Bréfritari: Soffía Daníelsdóttir
Viðtakandi: Jakobína Magnúsdóttir og Daníel Halldórsson
Dagsetning: A-1902-12-XX
Skrifað á: Skeggjastöðum  N-Múl.
Soffía var dóttir Jakobínu og Daníels

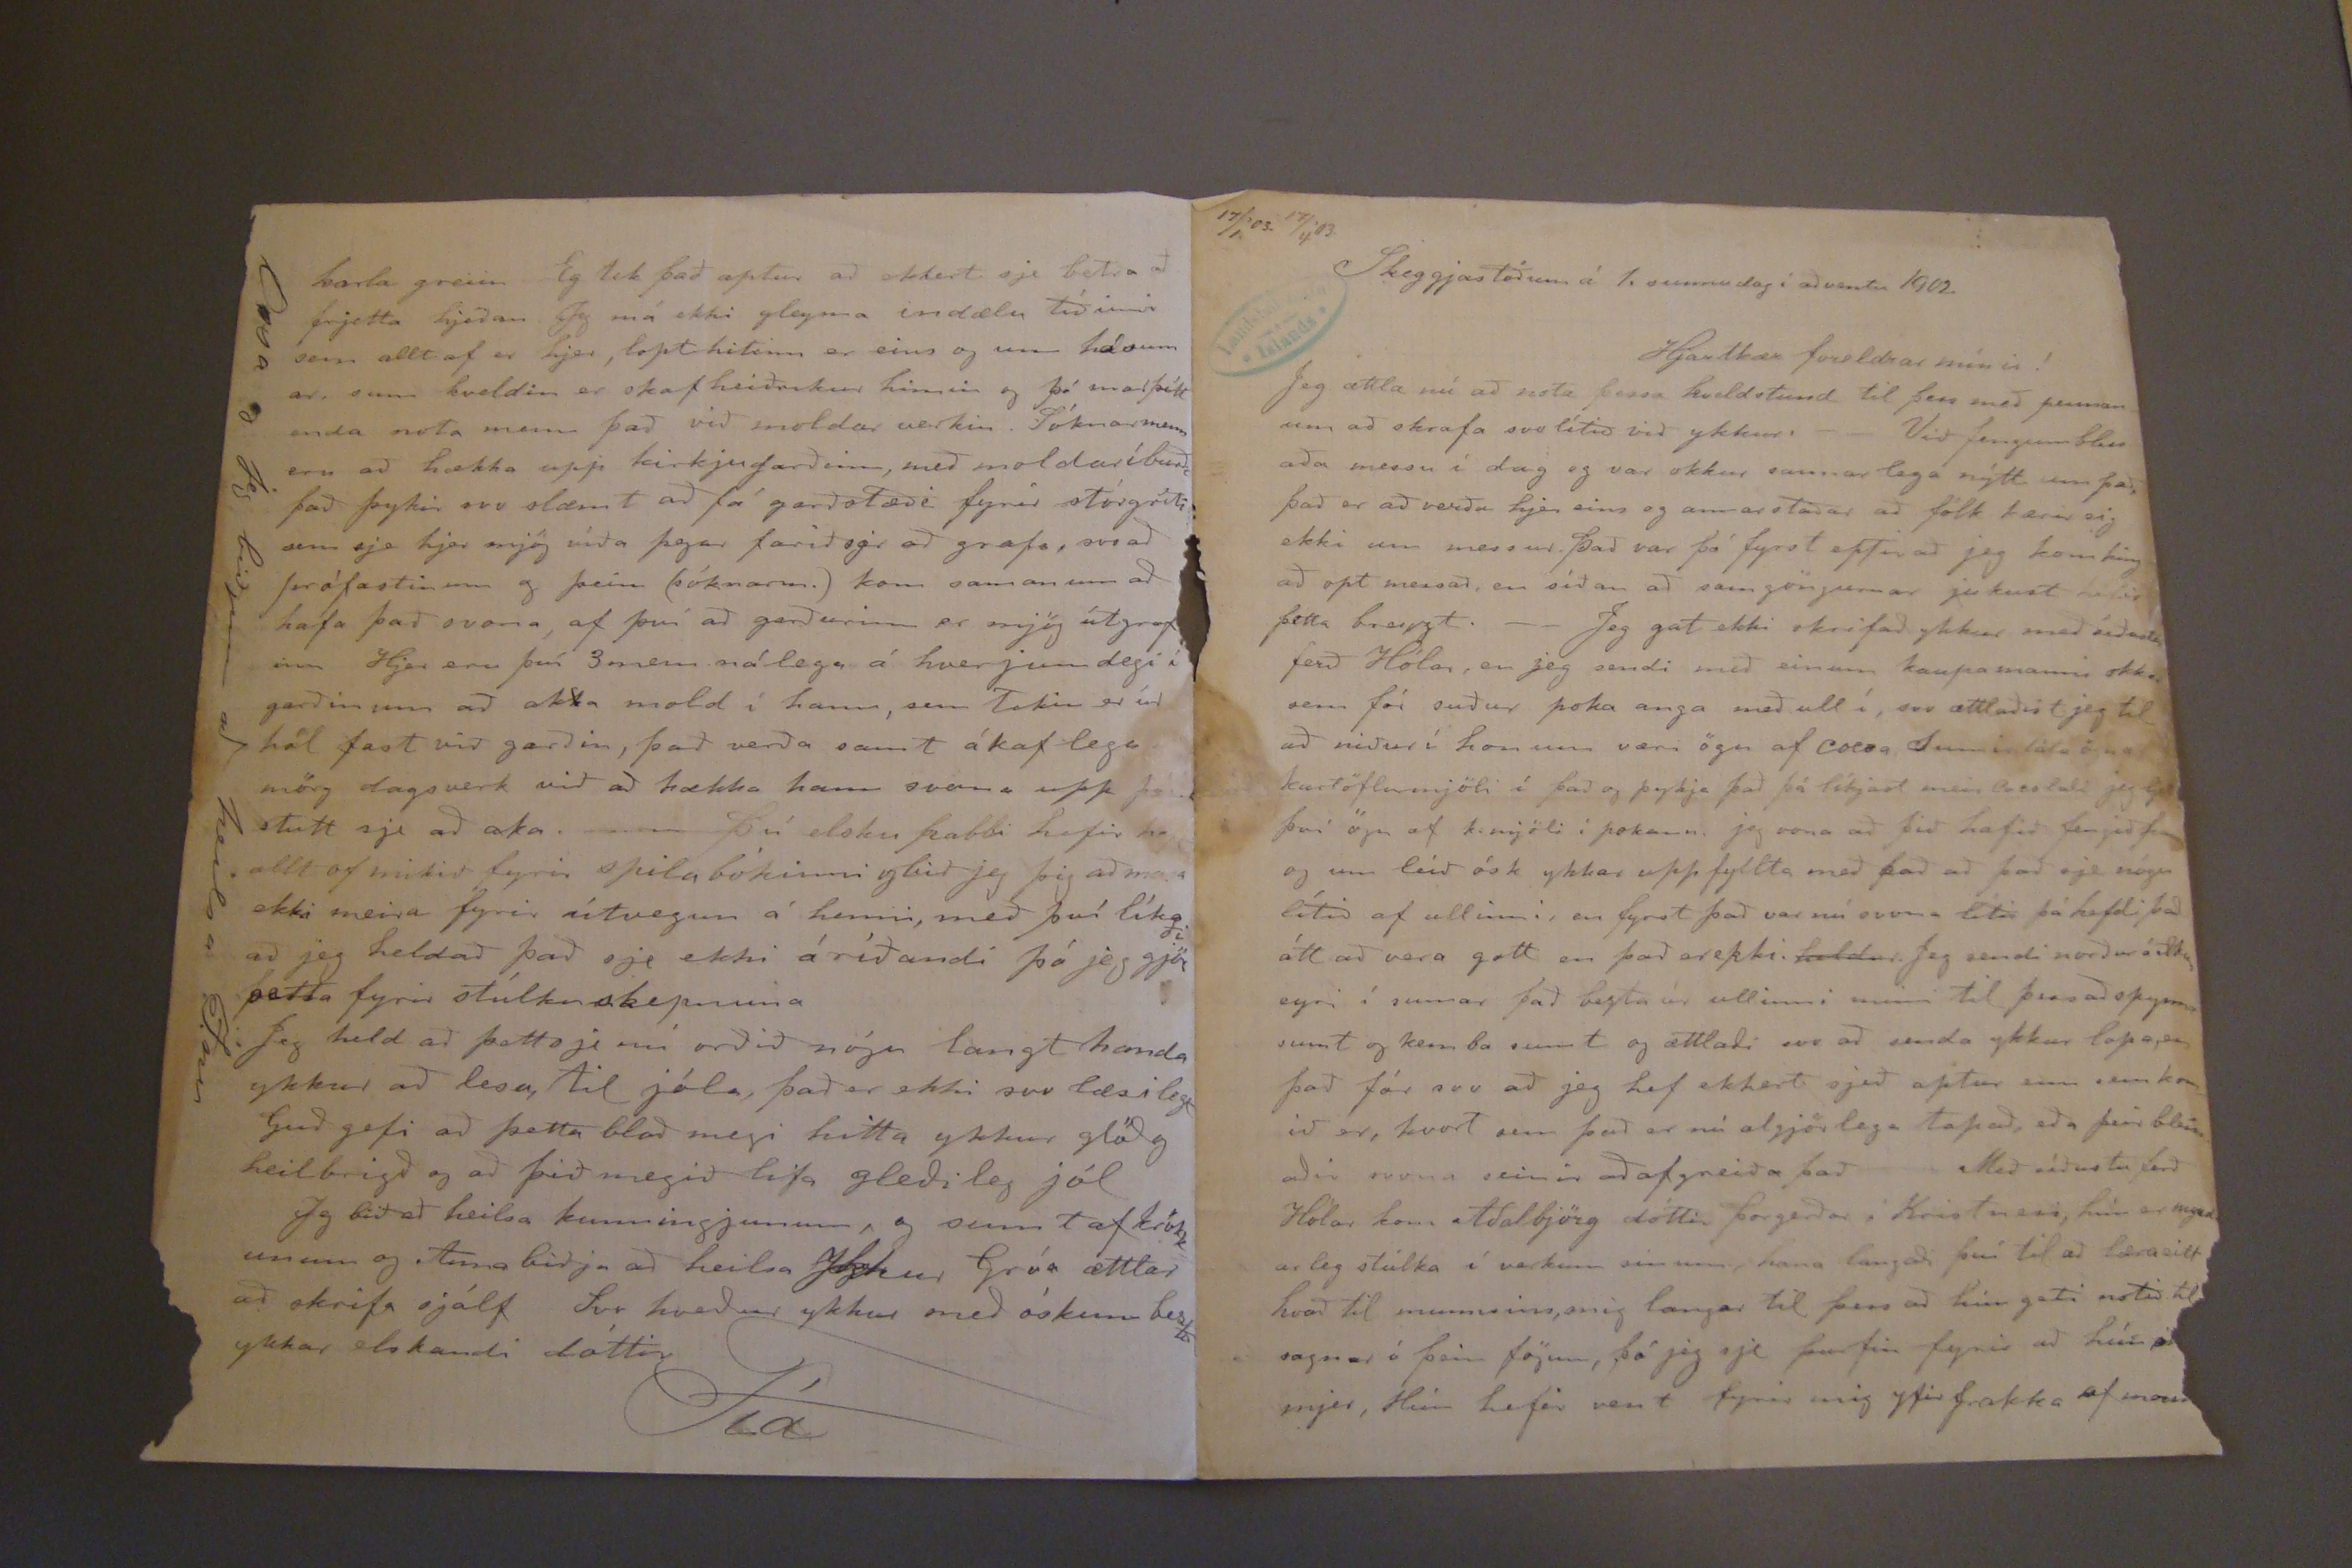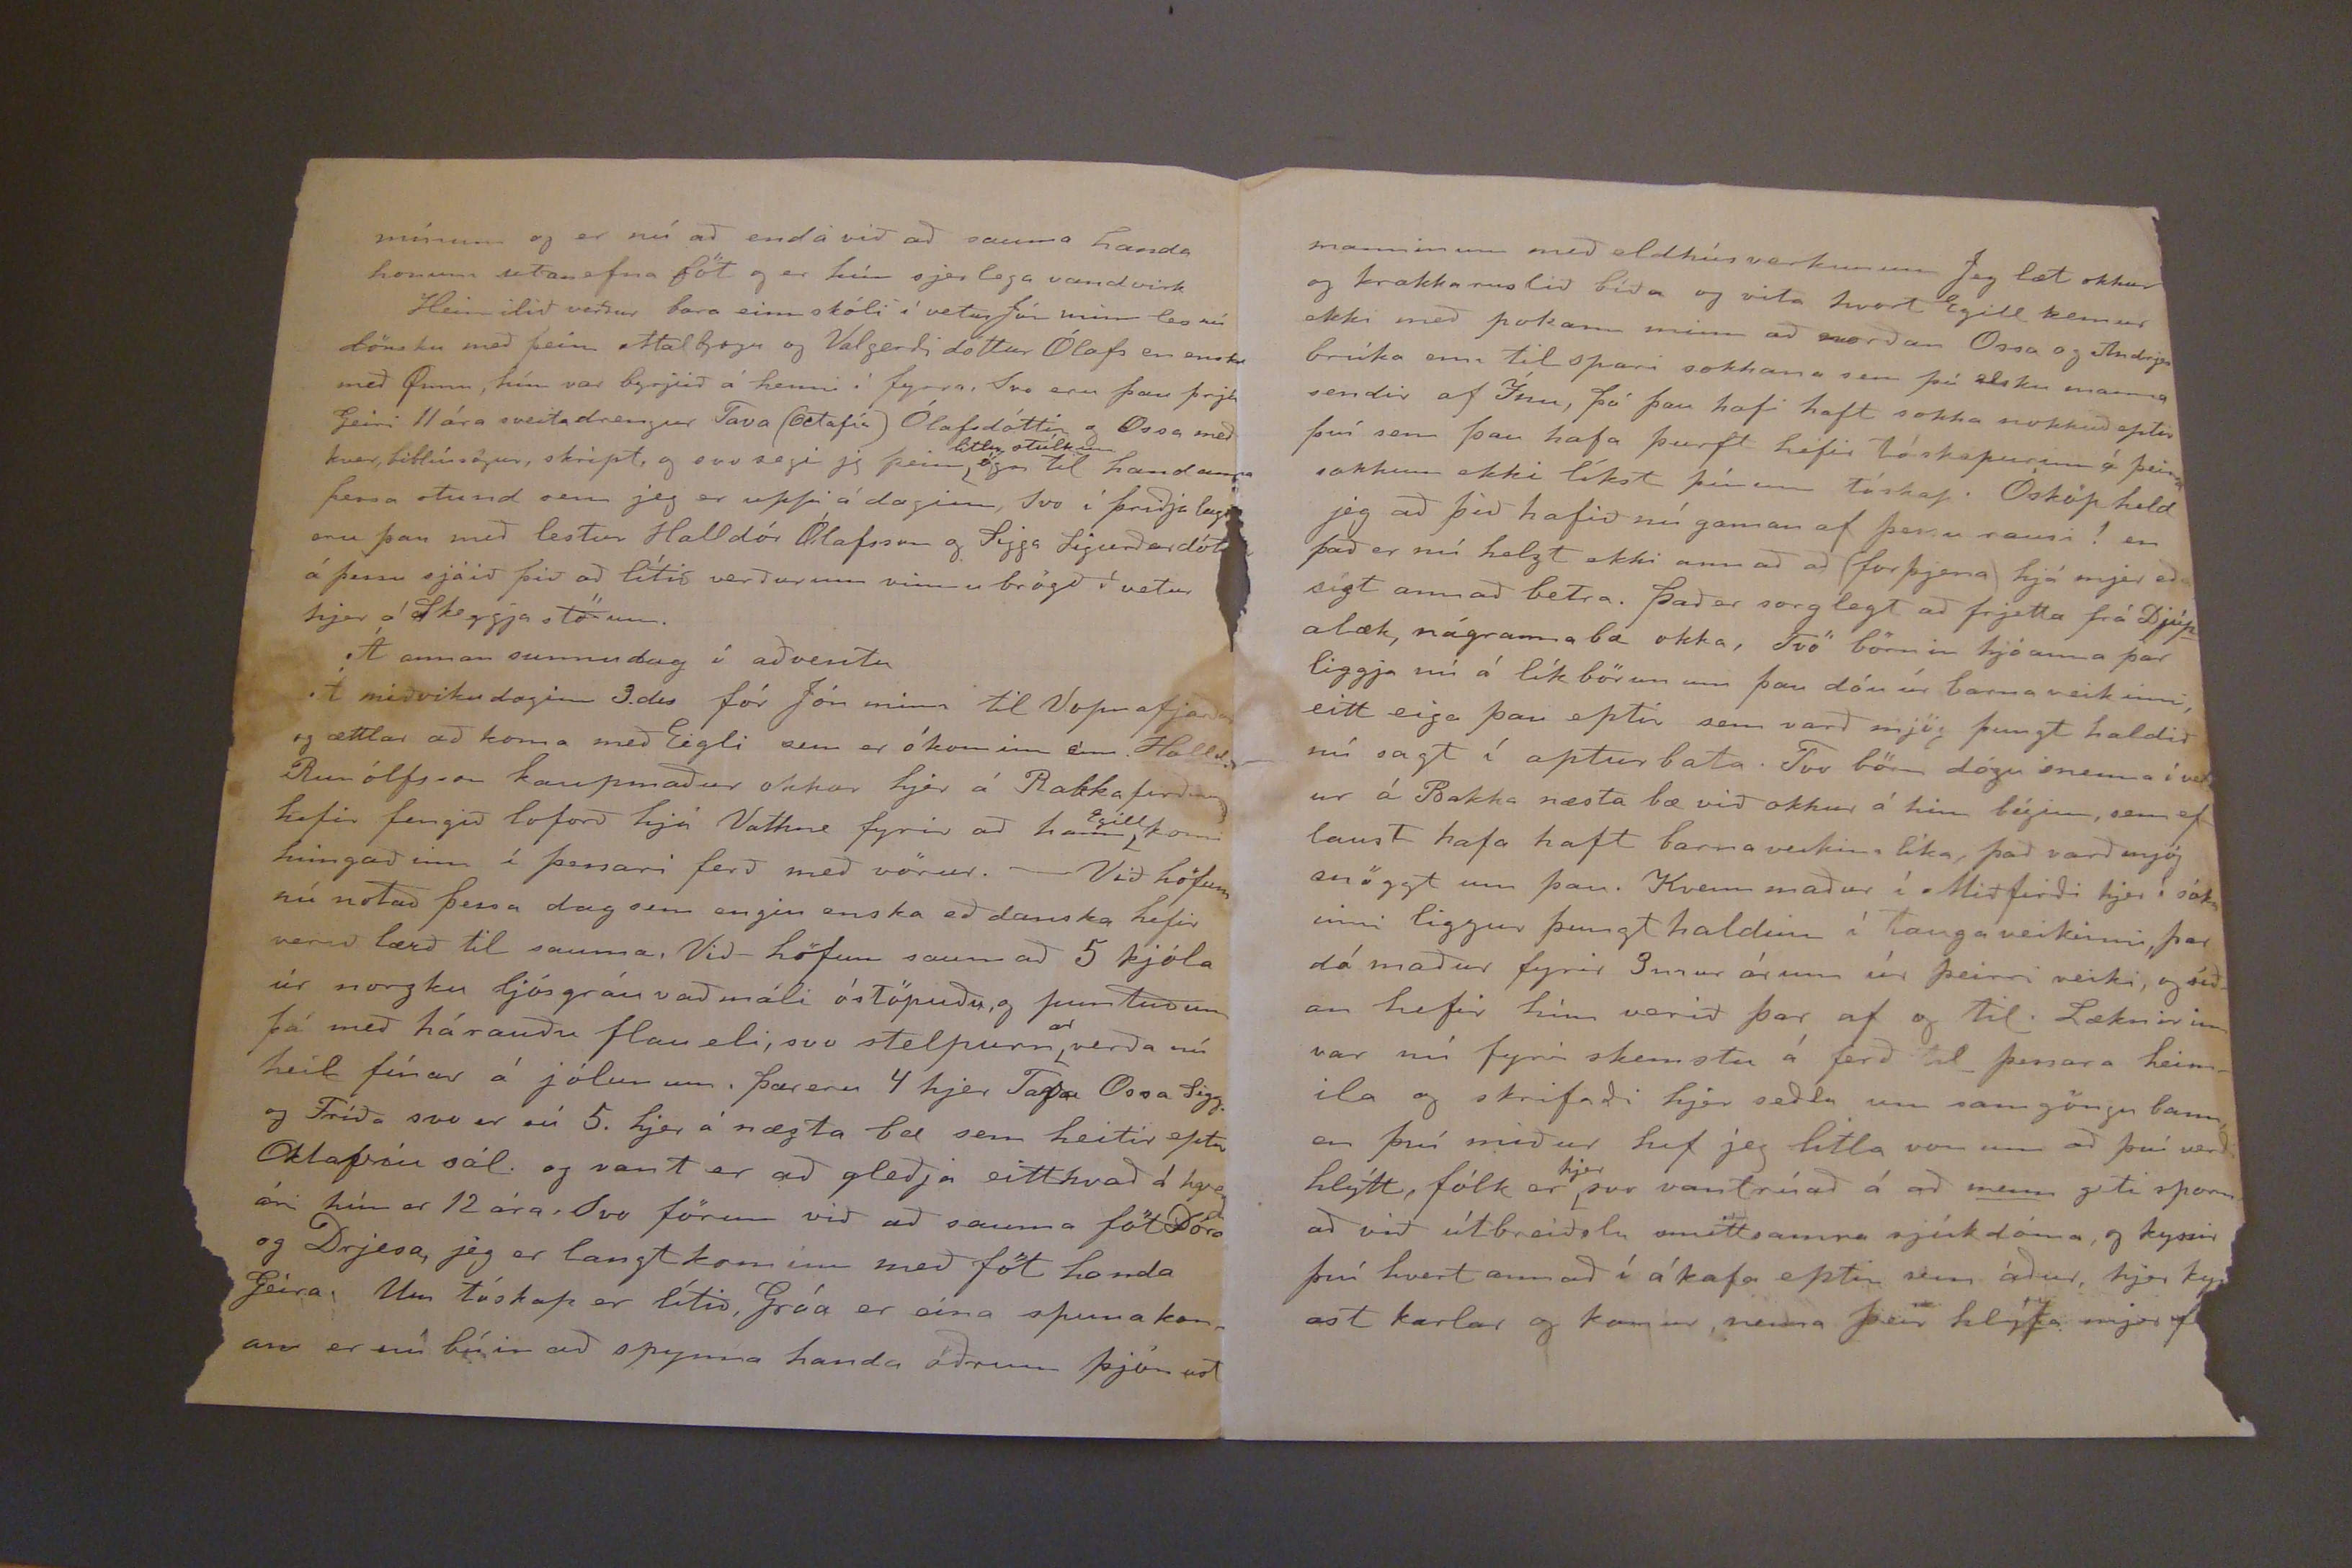

17/1'03. 17/4'03.
Skeggjastöðum á 1. sunnudag í aðventu 1902.
Hjartkær foreldrar mínir!
Jeg ættla nú að nota þessa kveldstund til þess með pennanum að skrafa svo lítið við ykkur. Við fengum bless aða messu í dag og var okkur sannarlega nýtt um það, það er að verða hjer eins og annarsstaðar að fólk kærir sig ekki um messur. það var þó fyrst eptir að jeg kom hingað opt messað en síðan að samgöngurnar jukust hefir þetta breyzt. Jeg gat ekki skrifað ykkur með síðasta ferð Hólar, en jeg sendi með einum kaupamanni okkar sem fór suður poka anga með ull í, svo ættlaðist jeg til að niður í honum væri ögn af cocoa, Sumir láta ögn af kartöflumjöli í það og þykja það þá líkjast meir
Coeslali
eg ljet því ögn af k. mjöli í pokann. jeg vona að þið hafið fengið hann og um leið ósk ykkar uppfyllta með það að það sje nógu lítið af ullinni, en fyrst það var nú svona líti þá hafði það átt að vera gott en það er ekki.
heldur.
Jeg sendi norður öllum eyri í sumar það bezta úr ullinni minni til þess að spynna sumt og kemba sumt og ættlaði svo að senda ykkur lopa, en það fór svo að jeg hef ekkert sjeð aptur enn sem komið er, hvort sem það er nú algjörlega tapað, eða þeir blessaðir svona seinir að afgreiða það- Með síðustu ferð Hólar kom Aðalbjörg dóttir þorgerðar í Kristnesim hún er myndarleg stúlka í verkum sínum, hana langaði því til að læra eitt hvað til munnsins, mig langar til þess að hún geti notið til sagnar í þeim fögum, þó jeg sje þurfin fyrir að hún
mjer, Hún hefir sent fyrir mig yfir frakka af
mar
mínum og er nú að enda við að sauma handa honum utanefna föt og er, hún sjer lega vandvirk
Heimilið verður bara einn skóli í vetur Jón minn les nú dönsku með þeim Malbjogu og Valgerði dóttur Ólafs en ensku með Gunu, hún var byrjuð á henni í fyrra, Svo eru þau þrjú Geiri 11 ára sveitadrengur Tava (
setafía
) Ólafsdóttir og Ossa með kver bittúngur, skript, og svo segi jeg þeim
litlu stúlkum
ögn til handanna þessa stund sem jeg er upp á daginn, Svo í þriðja lagi eru þau með lestu Halldór Ólafsson og Sigga Sigurðardót á þessu sjáið þið að lítið verður um vinnu brögð í vetur hjer á Skeggja stöðum.
Á annan sunnudag í aðventu
Á miðvikudaginn 3. des fór Jón minn til Vopnafjarðar og ættlar að koma með Eigli sem er ókominn enn. Halld. Runólfsson kaupmaður okkar hjer á Bakkafirðing hefir fengið loforð hjá Vathore fyrir að hann
Egill
komi hingað inn í þessari ferð með vörur. - Við höfum nú notað þessa dag sem engin enska eð danska hefir verið lærð til sauma. Við höfum saumað 5 kjóla úr norzku ljósgráu vaðmáli óstöpuðug puntuðum þá með hárauðu flaueli, svo stelpurn
ar
verða nú heil fínar á jólunum, þær eru 4 hjer
Tapa
Ossa Sigg.
Oklapíu
sál. og vant er að gleðja eitthvað á hvej ári hún er 12 ára, Svo förum við að sauma föt Dóra og Drjesa, jeg er langt kominn með föt handa Geira. Um tóskap er lítið, Gróa er eina spunakonan er nú búin að spynna handa öðrum þjónað
karla greiin Eg tek það aptur að ekkert sje betra að frjetta hjeðan. eg má ekki gleyma umdælu tíðinnni sem alltaf er hjer, lopt hitinn er eins og um hásum ar, sum kveldin er skafheiðrikur himin og þó snarþétt enda nota menn það við moldar verkin. Sóknarmenn eru að hækka upp kirkjugarðinn, með moldaríbuð það þykir svo slæmt að fá garðstæði fyrir stórgróði sem sje hjer mjög víða þegar farið sje að grafa, svo að prófastinum og þeim (sóknarm.) kom saman um að hafa það svona, af því að garðurinn er mjög útgrafinn Hjer eru því 3 menn nálega á hverjum degi í garðinum að ak
k
a mold í hann, sem Tekin er úr hól fast við garðin, það verða samt ákaflega mörg dagsverk við að hækka hann svona upp þó stutt sje að aka. þú elsku pabbi hefir haft allt of mikið fyrir spilabókinni og bið jeg þig að masa ekki meira fyrir útvegun á henni, með því líka að jeg heldað það sje ekki áríðandi þó jeg gjör
ði
þetta fyrir stúlknaskepnuna
Jeg held að þettsje nú orðið nógu langt handa ykkur að lesa, til jóla, það er ekki svo læsilegt Guð gefi að þetta blað megi hitta ykkur glöð g heilbrigð og að þið megið lifa gleðileg jól
Jeg bið að heilsa kunningjunum, g sumtaf krökk unumog Anna biðja að heilsa ykkur Gróa ættlar að skrifa sjálf. Svo hveður ykkur með óskum bestu ykkar elskandi dóttir
Fía
Ossa og Jeg biðjum að heilsa Ínu
manninum með eldhúsverkunum Jeg læt okkur og krakkaruslið bíða og vita hvort Egill kemur ekki með pokann minn að norðan Ossa og
Andrega
brúka enn til spari sokkana sem þú elsku mama sendir af Ínu, þó þau hafi haft sokka nokkuð eptir því sem þau hafa þurft hefir tóskapurinn á þeim sokkum ekki líkst þínum tóskap. Ósköp held jeg að þið hafið náðu gaman af þessu rausi! en það er nú helzt ekki annað að (forþjena) hjá mjer eða sígt annað betra. það er sorglegt að frjetta frá Djúpalæk, nágrannabæ okka, Tvö börnin hjóanna þar liggja nú á líkbörunum þau dóu úr barnaveikinni, eitt eiga þau eptir sem varð mjög þungt haldið nú sagt í aptur bata. Tvo börn drógu snemma í vetur á Bakka næsta bæ við okkur á hinn bóginn, sem eflaust hafa haft barnaveikina líka, það varð mjög snöggt um þau. Kvenn maður í Miðfirði hjer í sókninni liggur þungt haldinn í taugaveikinni, þar dó maður fyrir 3mur árum, úr þeirri veiki, og síðan hefir hún verið þar af og til. Læknirinn var nú fyrir skemstu á ferð til þessara heimila og skriðaði hjer seðla um samgöngu bann, en því miður hef jeg litla von um að því verði hlýtt, fólk er
hjer
svo vantrúað á að
menn
geti spornað við útbreiðslu smittsamra sjúkdóma, og kyssir því hvert annað í ákafa eptir sem áður, hjer kysast karlar og konur, nema þeir hlýfa mjer af